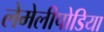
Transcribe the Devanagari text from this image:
लेमेलीपोडिया